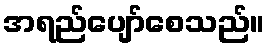
အရည်ပျော်စေသည်။